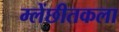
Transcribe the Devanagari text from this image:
म्लेंछीतकला